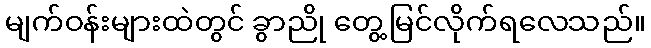
မျက်ဝန်းများထဲတွင် ခွာညို တွေ့မြင်လိုက်ရလေသည်။